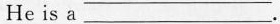
He is a ___.